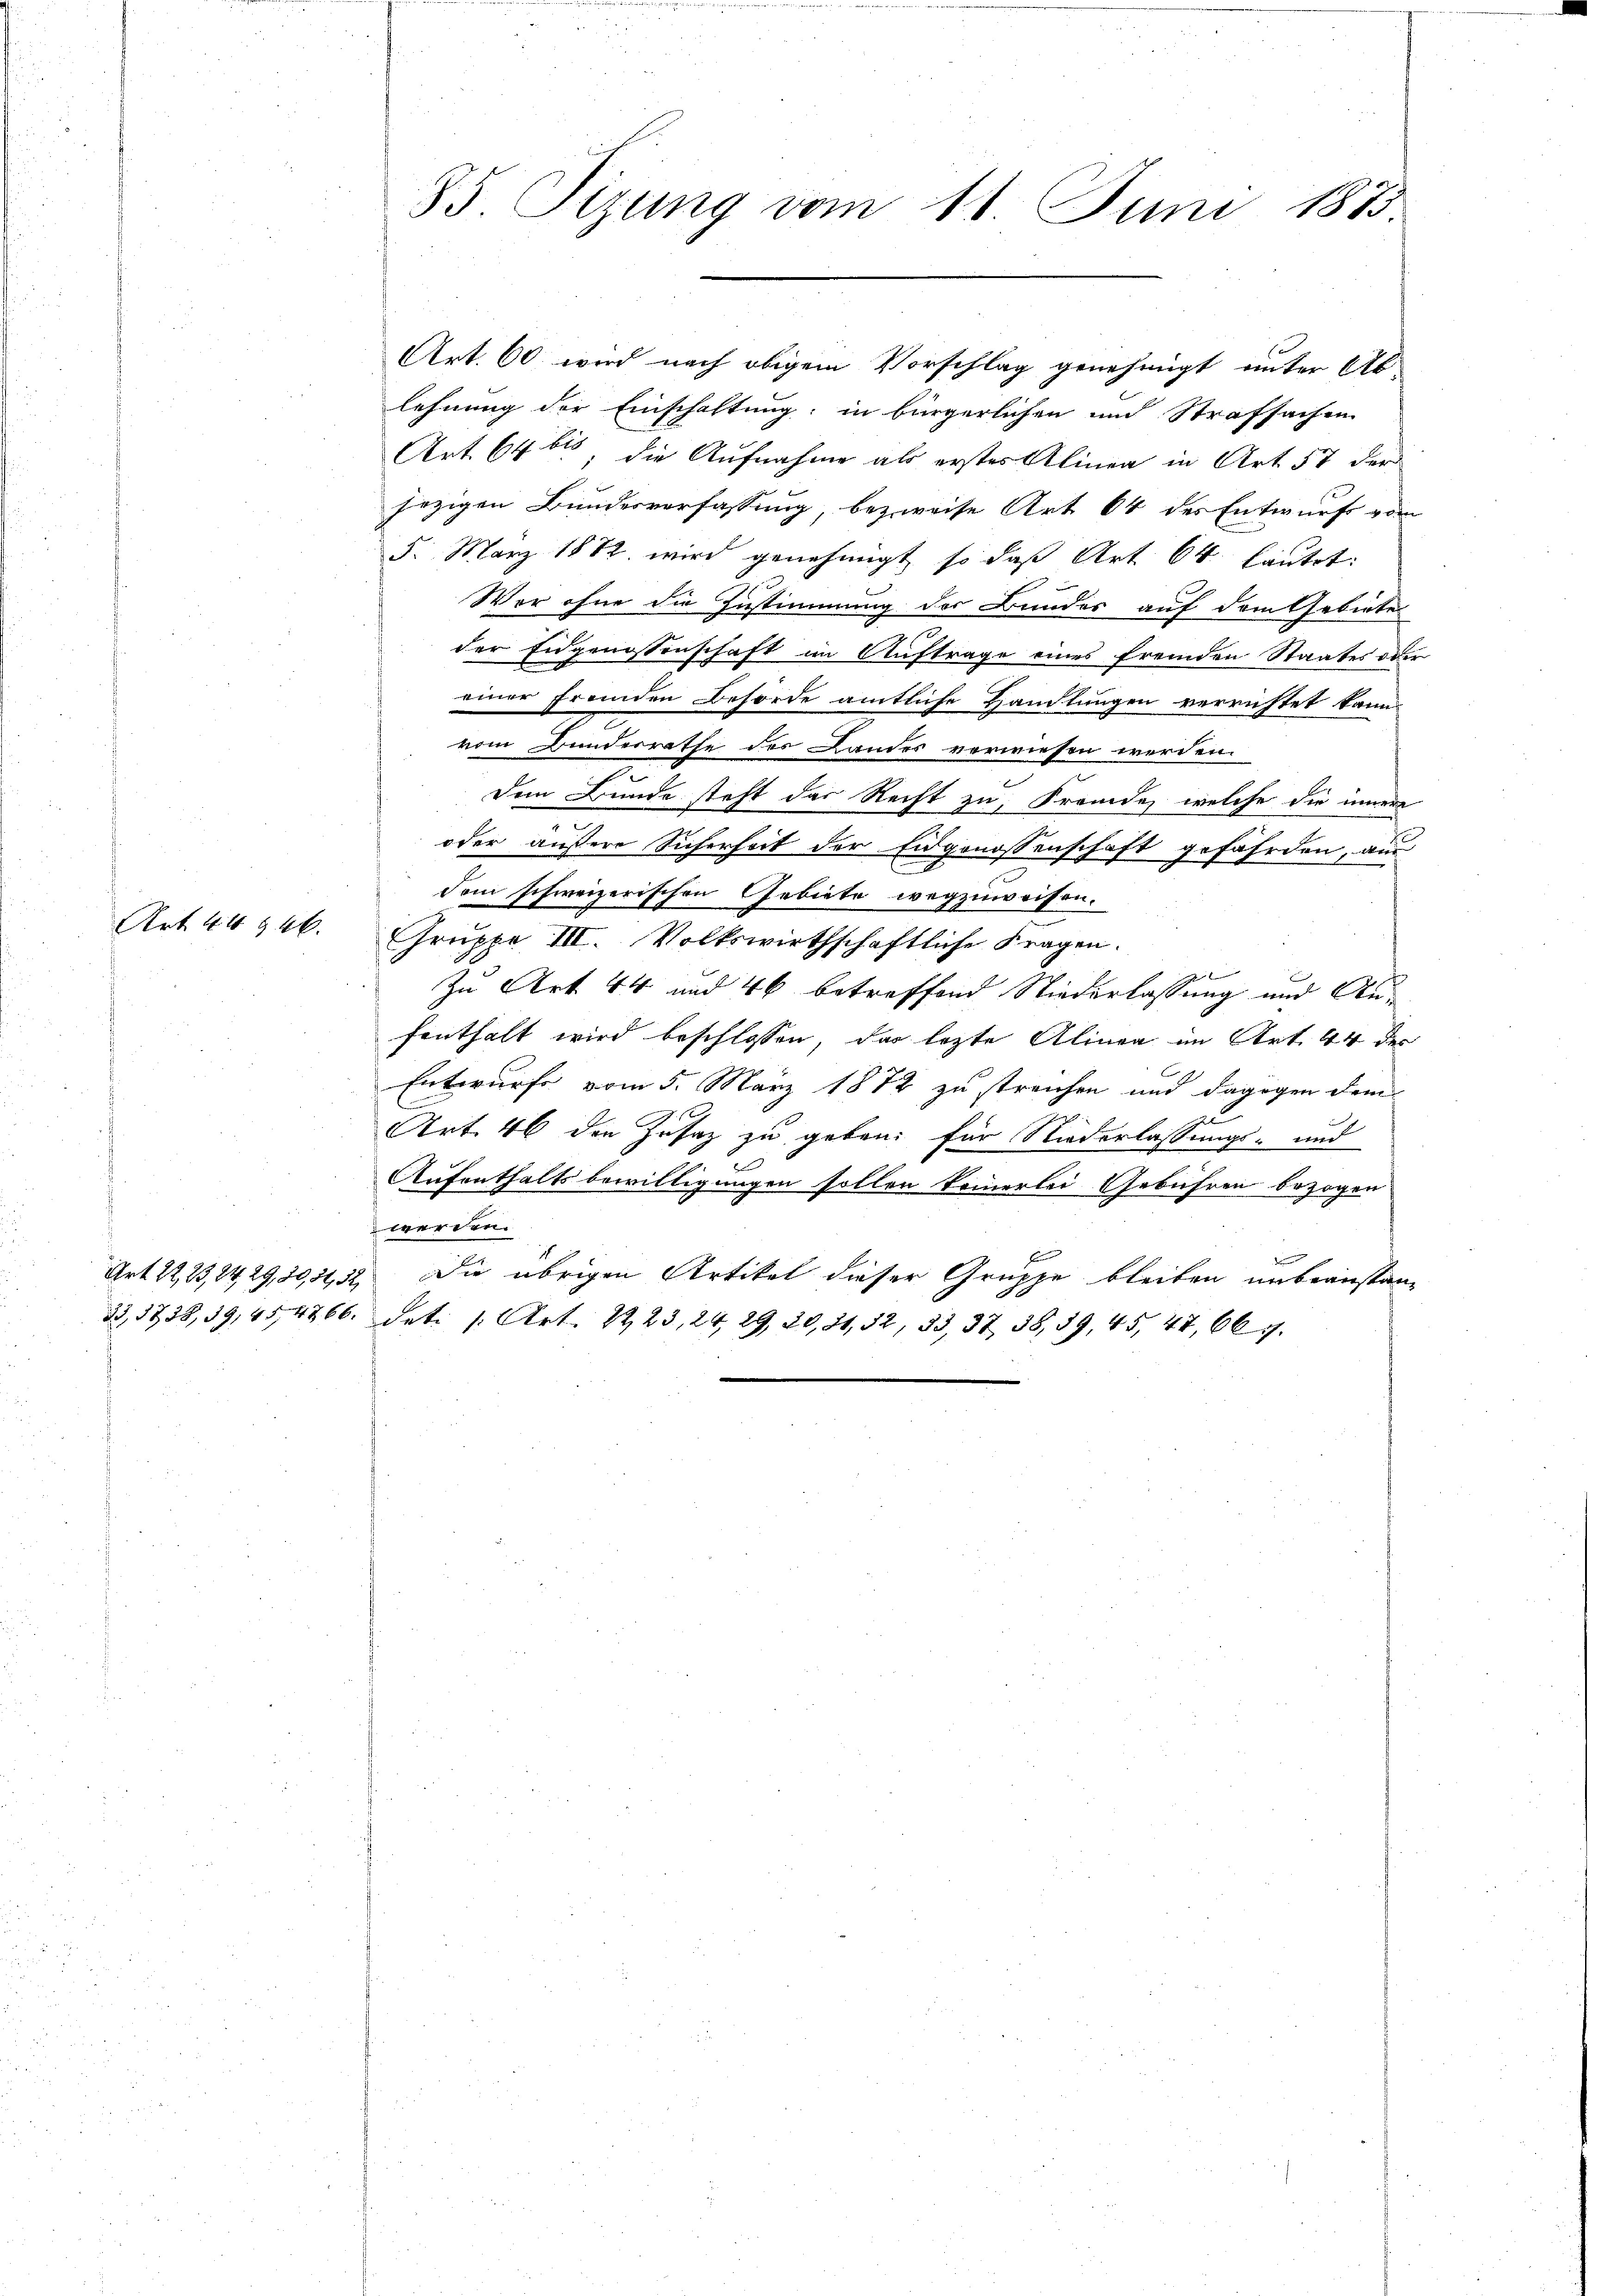
Art. 44 946.

Art. 22, 23, 24, 29, 20, 34, 32,
33,5734, 39, 45, 4866.

85. Sizung vom 11. Juni 1883

Art. 60 wird nach obigem Vorschlag genehmigt unter Ab
lehnung der Einschaftung; in bürgerlichen und Strafsachen
Art. 646, die Aufnahme als erstes Alinea in Art. 57 der
jezigen Bundesverfassung, bezweise Art 64 des Entwurf vom
5. März 1882 wird genehmigt, so daß Art. 64 lautet:
Wer ohne die Zustimmung der Bundes auf dem Gebiete
der Eidgenossenschaft im Auftrage eines fremden Staates oder
einer fremden Behörde amtliche Handlungen verrichtet kann
vom Bunderrathe des Landes verwiesen werden.
Dem Bunde steht das Recht zu, Fremde, welche die innere
oder äußere Sicherheit der Eidgenossenschaft gefährden, aus
dem schweizerischen Gebiete wegzuweisen.
Gruppe III. Volkswirthschaftliche Fragen.
2
Zu Art. 44 und 46 betreffend Niederlassung und Aufenthalt wird beschlossen, das lezte Alinea im Art. 44 des
Entwurfe vom 5. März 1872 zu streichen und dagegen dem
e
e
Art. 46 den Zusatz zu geben: für Niederlassungs- und
.
Aufenthaltsbewilligungen sollen keinerlei Gebühren bezogen.
werden.
Die übrigen Artikel dieser Gruppe bleiben unbeanstandati s. Art. 2223, 24, 29, 20, 21, 32, 33, 37 38, 39, 45, 47, 66 f.